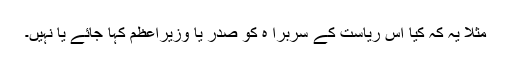
مثلاً یہ کہ کیا اس ریاست کے سربرا ہ کو صدر یا وزیراعظم کہا جائے یا نہیں۔